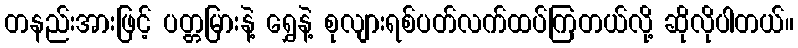
တနည်းအားဖြင့် ပတ္တမြားနဲ့ ရွှေနဲ့ စုလျားရစ်ပတ်လက်ထပ်ကြတယ်လို့ ဆိုလိုပါတယ်။